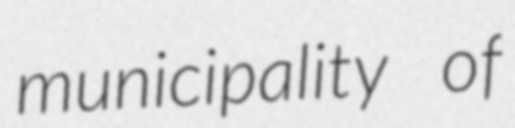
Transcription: municipality of